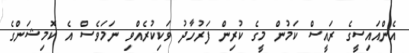
އެންއައިސީގެ ރައީސް ކަމުން މީގެ ކުރިން ފަރުހާދު ވަކިކުރެއްވި ނަމަވެސް އެ ކޮމިޝަންގެ